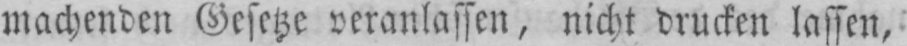
machenden Gesetze veranlassen, nicht drucken lassen,